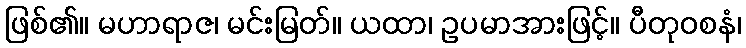
ဖြစ်၏။ မဟာရာဇ၊ မင်းမြတ်။ ယထာ၊ ဥပမာအားဖြင့်။ ပီတုဝစနံ၊